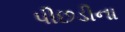
પીછડીના